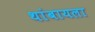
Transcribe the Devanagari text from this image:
थांबायला